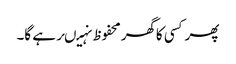
پھرکسی کاگھرمحفوظ نہیںرہے گا۔